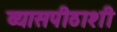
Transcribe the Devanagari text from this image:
व्यासपीठाशी